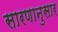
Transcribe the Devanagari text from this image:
सारणानुसार